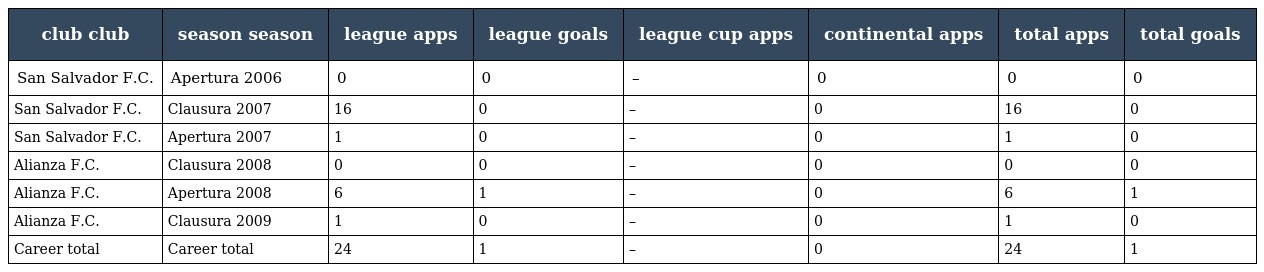
| club club | season season | league apps | league goals | league cup apps | continental apps | total apps | total goals |
 | --- | --- | --- | --- | --- | --- | --- | --- |
 | San Salvador F.C. | Apertura 2006 | 0 | 0 | – | 0 | 0 | 0 |
 | San Salvador F.C. | Clausura 2007 | 16 | 0 | – | 0 | 16 | 0 |
 | San Salvador F.C. | Apertura 2007 | 1 | 0 | – | 0 | 1 | 0 |
 | Alianza F.C. | Clausura 2008 | 0 | 0 | – | 0 | 0 | 0 |
 | Alianza F.C. | Apertura 2008 | 6 | 1 | – | 0 | 6 | 1 |
 | Alianza F.C. | Clausura 2009 | 1 | 0 | – | 0 | 1 | 0 |
 | Career total | Career total | 24 | 1 | – | 0 | 24 | 1 |